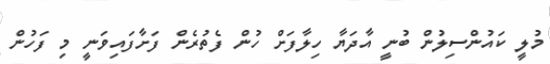
މުލީ ކައުންސިލުން ބުނީ އާދަޔާ ހިލާފަަށް ހުން ފެތުރެން ފަށާފައިވަނީ މި ފަހުން